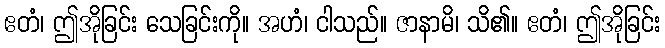
ဧတံ၊ ဤအိုခြင်း သေခြင်းကို။ အဟံ၊ ငါသည်။ ဇာနာမိ၊ သိ၏။ ဧတံ၊ ဤအိုခြင်း